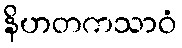
နိဟတကသာဝံ